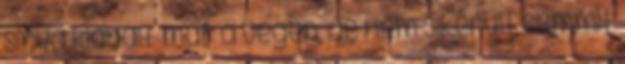
sírva kiabált már a végén, de nem sikerült semmit